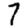
Digit: 7